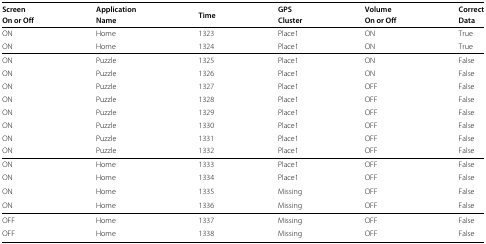
<table><thead><tr><td><b>Screen</b></td><td><b>Application</b></td><td rowspan="2"><b>Time</b></td><td><b>GPS</b></td><td><b>Volume</b></td><td><b>Correct</b></td></tr><tr><td><b>On or Off</b></td><td><b>Name</b></td><td><b>Cluster</b></td><td><b>On or Off</b></td><td><b>Data</b></td></tr></thead><tbody><tr><td>ON</td><td>Home</td><td>1323</td><td>Place1</td><td>ON</td><td>True</td></tr><tr><td>ON</td><td>Home</td><td>1324</td><td>Place1</td><td>ON</td><td>True</td></tr><tr><td>ON</td><td>Puzzle</td><td>1325</td><td>Place1</td><td>ON</td><td>False</td></tr><tr><td>ON</td><td>Puzzle</td><td>1326</td><td>Place1</td><td>ON</td><td>False</td></tr><tr><td>ON</td><td>Puzzle</td><td>1327</td><td>Place1</td><td>OFF</td><td>False</td></tr><tr><td>ON</td><td>Puzzle</td><td>1328</td><td>Place1</td><td>OFF</td><td>False</td></tr><tr><td>ON</td><td>Puzzle</td><td>1329</td><td>Place1</td><td>OFF</td><td>False</td></tr><tr><td>ON</td><td>Puzzle</td><td>1330</td><td>Place1</td><td>OFF</td><td>False</td></tr><tr><td>ON</td><td>Puzzle</td><td>1331</td><td>Place1</td><td>OFF</td><td>False</td></tr><tr><td>ON</td><td>Puzzle</td><td>1332</td><td>Place1</td><td>OFF</td><td>False</td></tr><tr><td>ON</td><td>Home</td><td>1333</td><td>Place1</td><td>OFF</td><td>False</td></tr><tr><td>ON</td><td>Home</td><td>1334</td><td>Place1</td><td>OFF</td><td>False</td></tr><tr><td>ON</td><td>Home</td><td>1335</td><td>Missing</td><td>OFF</td><td>False</td></tr><tr><td>ON</td><td>Home</td><td>1336</td><td>Missing</td><td>OFF</td><td>False</td></tr><tr><td>OFF</td><td>Home</td><td>1337</td><td>Missing</td><td>OFF</td><td>False</td></tr><tr><td>OFF</td><td>Home</td><td>1338</td><td>Missing</td><td>OFF</td><td>False</td></tr></tbody></table>